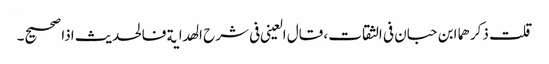
قلت ذکرھما ابن حبان فی الثقات، قال العینی فی شرح الھدایة فالحدیث اذا صحیح۔